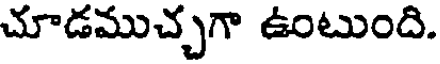
చూడముచ్చగా ఉంటుంది.